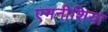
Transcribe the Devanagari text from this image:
एमनीशिया